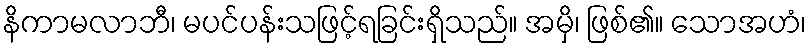
နိကာမလာဘီ၊ မပင်ပန်းသဖြင့်ရခြင်းရှိသည်။ အမှိ၊ ဖြစ်၏။ သောအဟံ၊